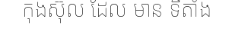
កុងស៊ុល ដែល មាន ទីតាំង